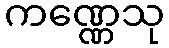
ကဏ္ဏေသု